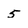
Character: 5